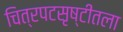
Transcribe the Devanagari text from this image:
चित्रपटसृष्टीतला